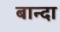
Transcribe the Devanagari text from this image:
बान्दा